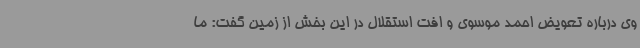
وی درباره تعویض احمد موسوی و افت استقلال در این بخش از زمین گفت: ما